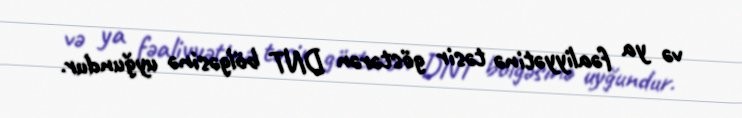
və ya fəaliyyətinə təsir göstərən DNT bölgəsinə uyğundur.